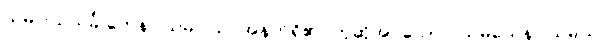
သမဝါယသင်္ခါတေန၊ သမဝါယ အနက်ရှိ၏ ဟုဆိုအပ်သော။ သမယေန၊ သမယ၊